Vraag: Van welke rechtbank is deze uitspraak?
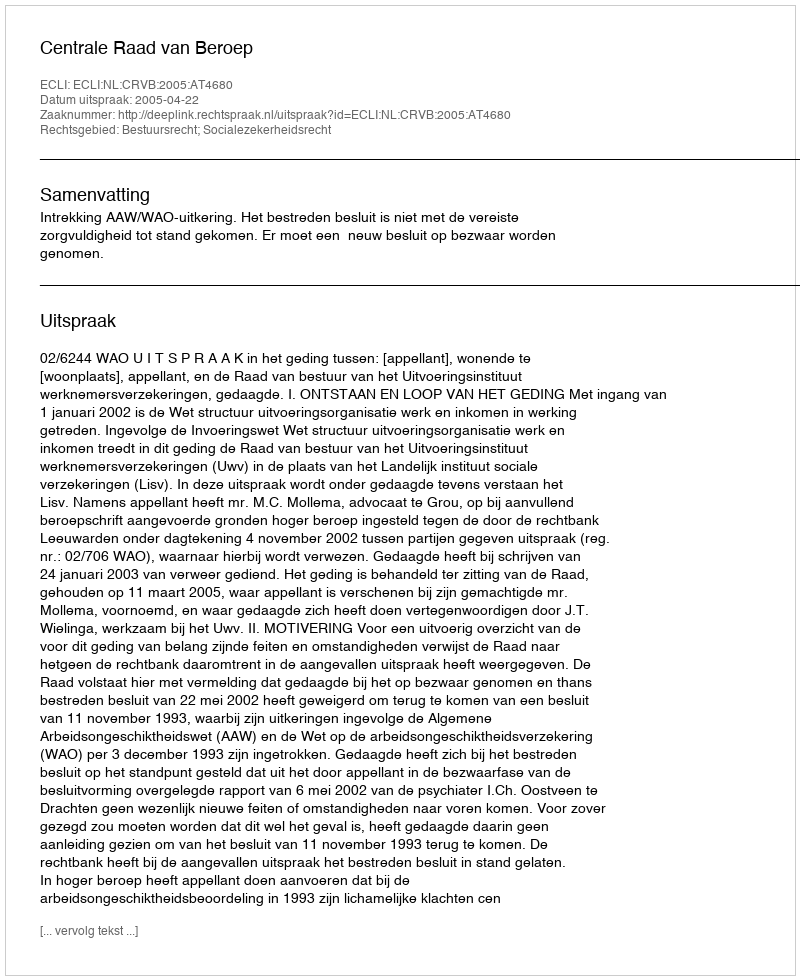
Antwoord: Centrale Raad van Beroep